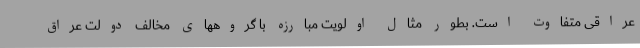
عراقی متفاوت است. بطور مثال اولویت مبارزه با گروههای مخالف دولت عراق